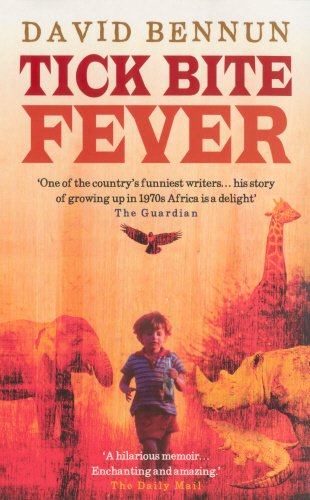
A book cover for Tick Bite Fever; David Bennun; Travel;